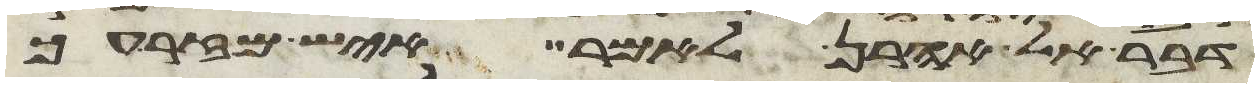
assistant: דבר אל אהרן לאמר איש מזרעך